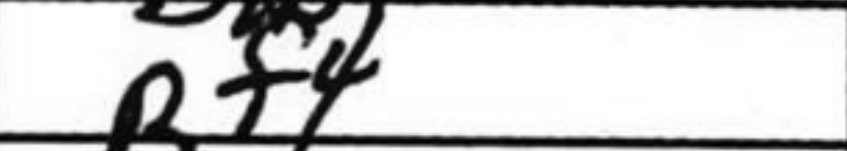
Transcription: Bf4